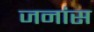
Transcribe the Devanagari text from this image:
जनांस